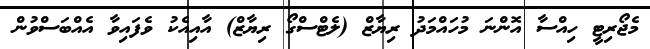
މެޖޯރިޓީ ހިއްސާ އޮންނަ މުހައްމަދު ރިޔާޒް (ލެޓްސްގޯ ރިޔާޒް) އާއިއެކު ވެފައިވާ އެއްބަސްވުން